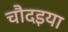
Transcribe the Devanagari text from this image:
चौदइया